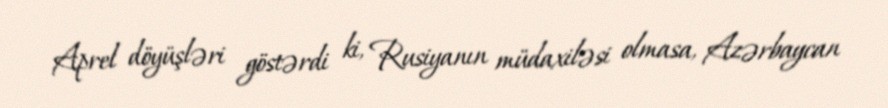
Aprel döyüşləri göstərdi ki, Rusiyanın müdaxiləsi olmasa, Azərbaycan